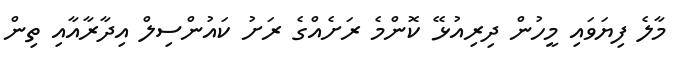
މާލެ ފިޔަވައި މީހުން ދިރިއުޅޭ ކޮންމެ ރަށެއްގެ ރަށު ކައުންސިލް އިދާރާއާއި ތިން